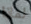
لماذا